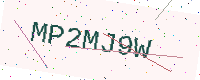
Text: MP2MJ9W